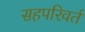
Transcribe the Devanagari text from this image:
सहपरिवर्त